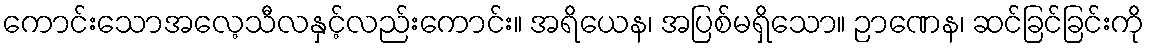
ကောင်းသောအလေ့သီလနှင့်လည်းကောင်း။ အရိယေန၊ အပြစ်မရှိသော။ ဉာဏေန၊ ဆင်ခြင်ခြင်းကို